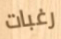
رغبات